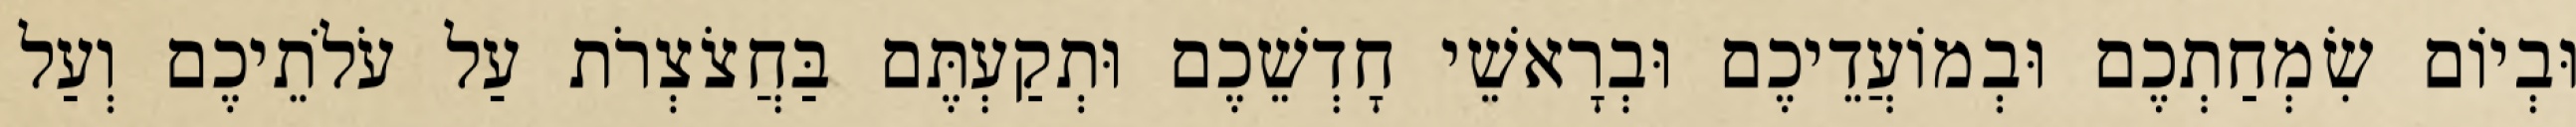
וּבְיוֹם שִׂמְחַתְכֶם וּבְמוֹעֲדֵיכֶם וּבְרָאשֵׁי חָדְשֵׁכֶם וּתְקַעְתֶּם בַּחֲצֹצְרֹת עַל עֹלֹתֵיכֶם וְעַל